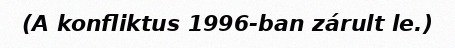
(A konfliktus 1996-ban zárult le.)